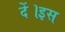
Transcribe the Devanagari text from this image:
दें।इस